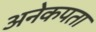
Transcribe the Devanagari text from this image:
अनेकपता